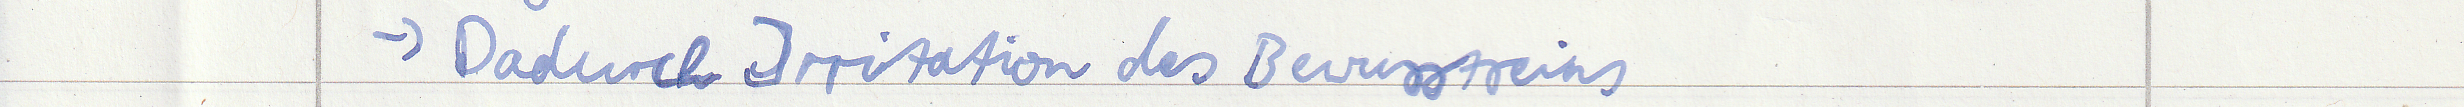
-> Dadurch Irritation des Bewusstseins